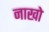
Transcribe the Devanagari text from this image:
नाखो